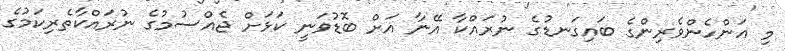
މި އަންހެންވެރިންގެ ބައިގަނޑުގެ ނުރައްކާ އޭނާ އަށް ބޮޑުވަނީ ކަޅަށް ޖެއްސުމުގެ ނުރައްކާތެރިކަމުގެ